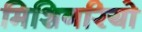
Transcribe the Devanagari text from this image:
मिशिनरियो